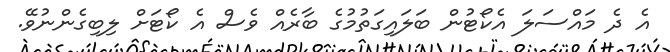
އެ ދެ މައްސަލަ އެކޯޓުން ބަލައިގަތުމުގެ ބާރެއް ވެސް އެ ކޯޓަށް ލިބިގެންނުވޭ.